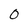
Character: 0